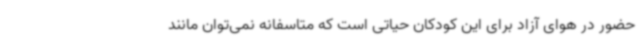
حضور در هوای آزاد برای این کودکان حیاتی است که متاسفانه نمی‌توان مانند